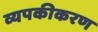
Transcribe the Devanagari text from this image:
व्यपकीकरण